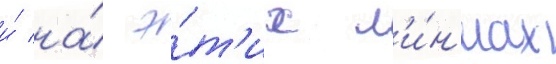
и́ на́ э́т'их л'и́н'иах